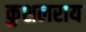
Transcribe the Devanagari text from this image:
कुशलराय